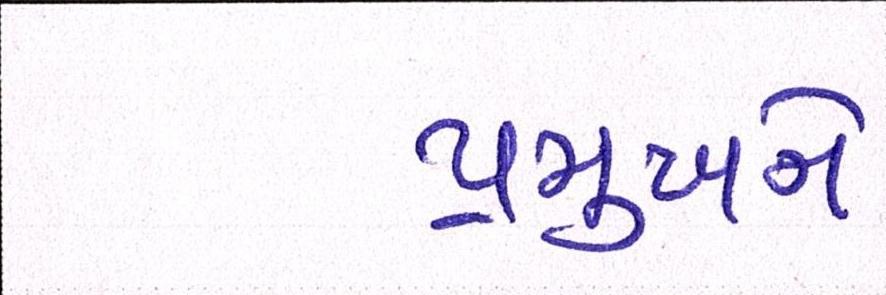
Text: પ્રમુખને